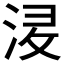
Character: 𱦯